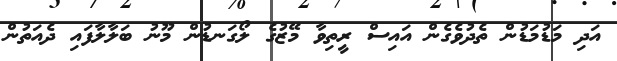
އަދި މަޑުމަޑުން ތެދުވެގެން އައިސް ރީތިވާ މޭޒުގެ ލޯގަނޑުން މޫނު ބަލާލާފައި ދެއަތުން